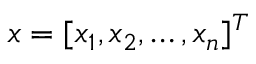
x = [ x _ { 1 } , x _ { 2 } , \ldots , x _ { n } ] ^ { T }